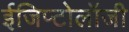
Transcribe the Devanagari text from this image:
ईजिप्टोलॉजी